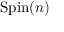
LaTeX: \mathrm { S p i n } ( n )